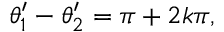
\begin{array} { r } { \theta _ { 1 } ^ { \prime } - \theta _ { 2 } ^ { \prime } = \pi + 2 k \pi , } \end{array}